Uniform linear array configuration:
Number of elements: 12
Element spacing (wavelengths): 0.5
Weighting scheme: kaiser
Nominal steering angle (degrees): -45
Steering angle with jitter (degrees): -46.245
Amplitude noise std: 0.05
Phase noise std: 0.05

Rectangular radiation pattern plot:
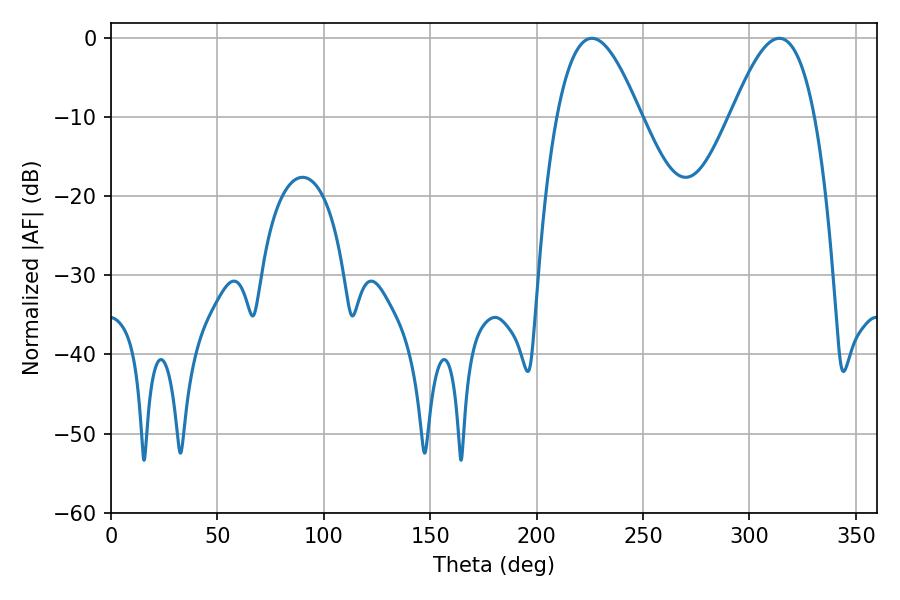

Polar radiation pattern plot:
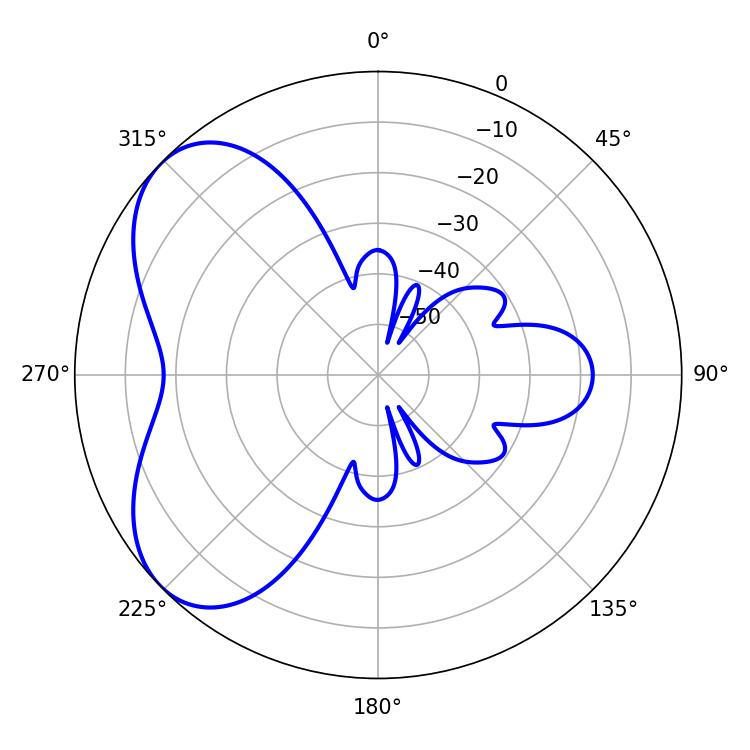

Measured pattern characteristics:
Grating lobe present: FALSE
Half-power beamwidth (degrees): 21.24
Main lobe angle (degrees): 225.9